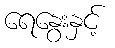
ရေနွေးနှင့်